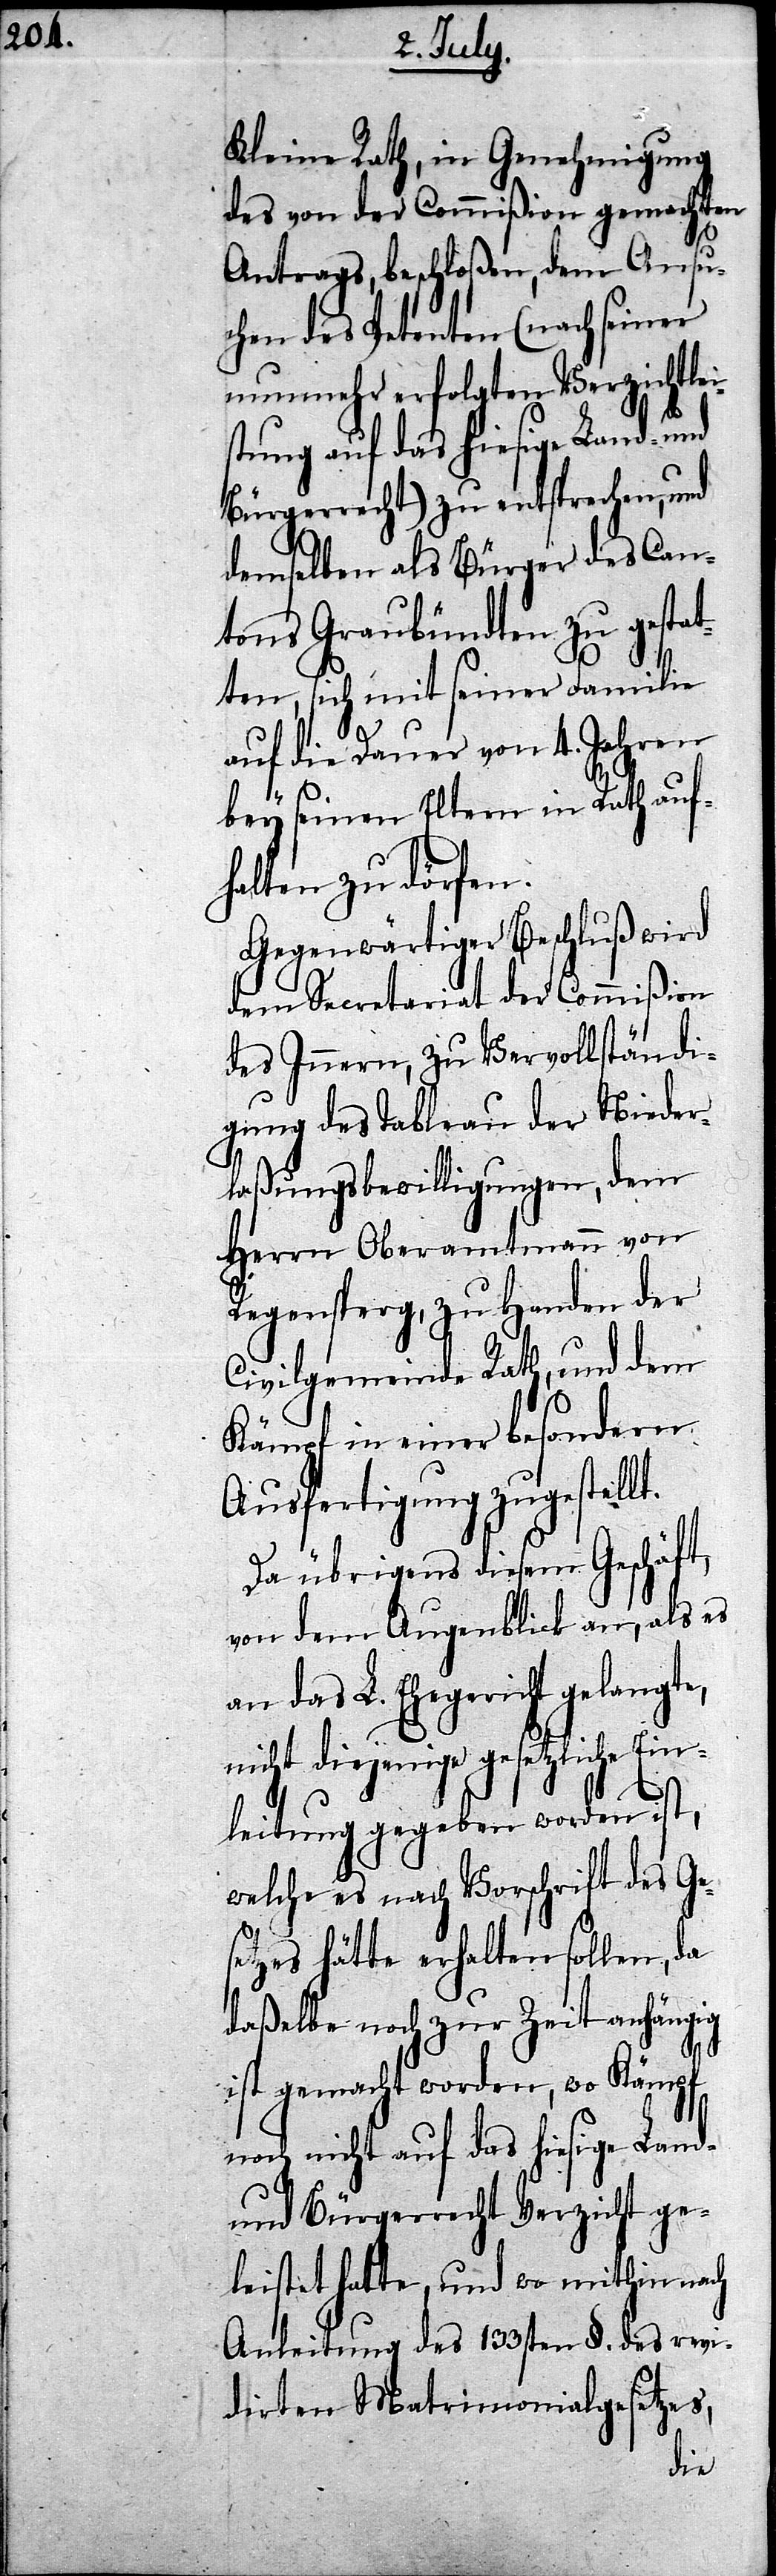
Kleine Rath, in Genehmigung
des von der Commißion gemachten
Antrags, beschloßen, dem Ansu¬
chen des Petenten (nach seiner
nunmehr erfolgten Verzichtlei¬
stung auf das hiesige Land- und
Bürgerrecht) zu entsprechen, und
demselben als Bürger des Can¬
tons Graubündten zu gestat¬
ten, sich mit seiner Familie
auf die Dauer von 4. Jahren
bey seinen Eltern in Rath auf¬
halten zu dörfen.
Gegenwärtiger Beschluß wird
dem Secretariat der Commißion
des Innern, zu Vervollständi¬
gung des Tableau der Nieder¬
laßungsbewilligungen, dem
Herrn Oberamtmann von
Regensperg, zu Handen der
Civilgemeinde Rath, und dem
Kämpf in einer besondern
Ausfertigung zugestellt.
Da übrigens diesem Geschäft,
von dem Augenblick an, als es
an das L. Ehegericht gelangte,
nicht diejenige gesetzliche Ein¬
leitung gegeben worden ist,
welche es nach Vorschrift des Ge¬
setzes hätte erhalten sollen, da
daßelbe noch zur Zeit anhängig
ist gemacht worden, wo es
noch nicht auf das hiesige Land-
und Bürgerrecht Verzicht ge¬
leistet hatte, und wo mithin nach
Anleitung des 133sten §. erwi¬
derten Matrimonialgesetzes,